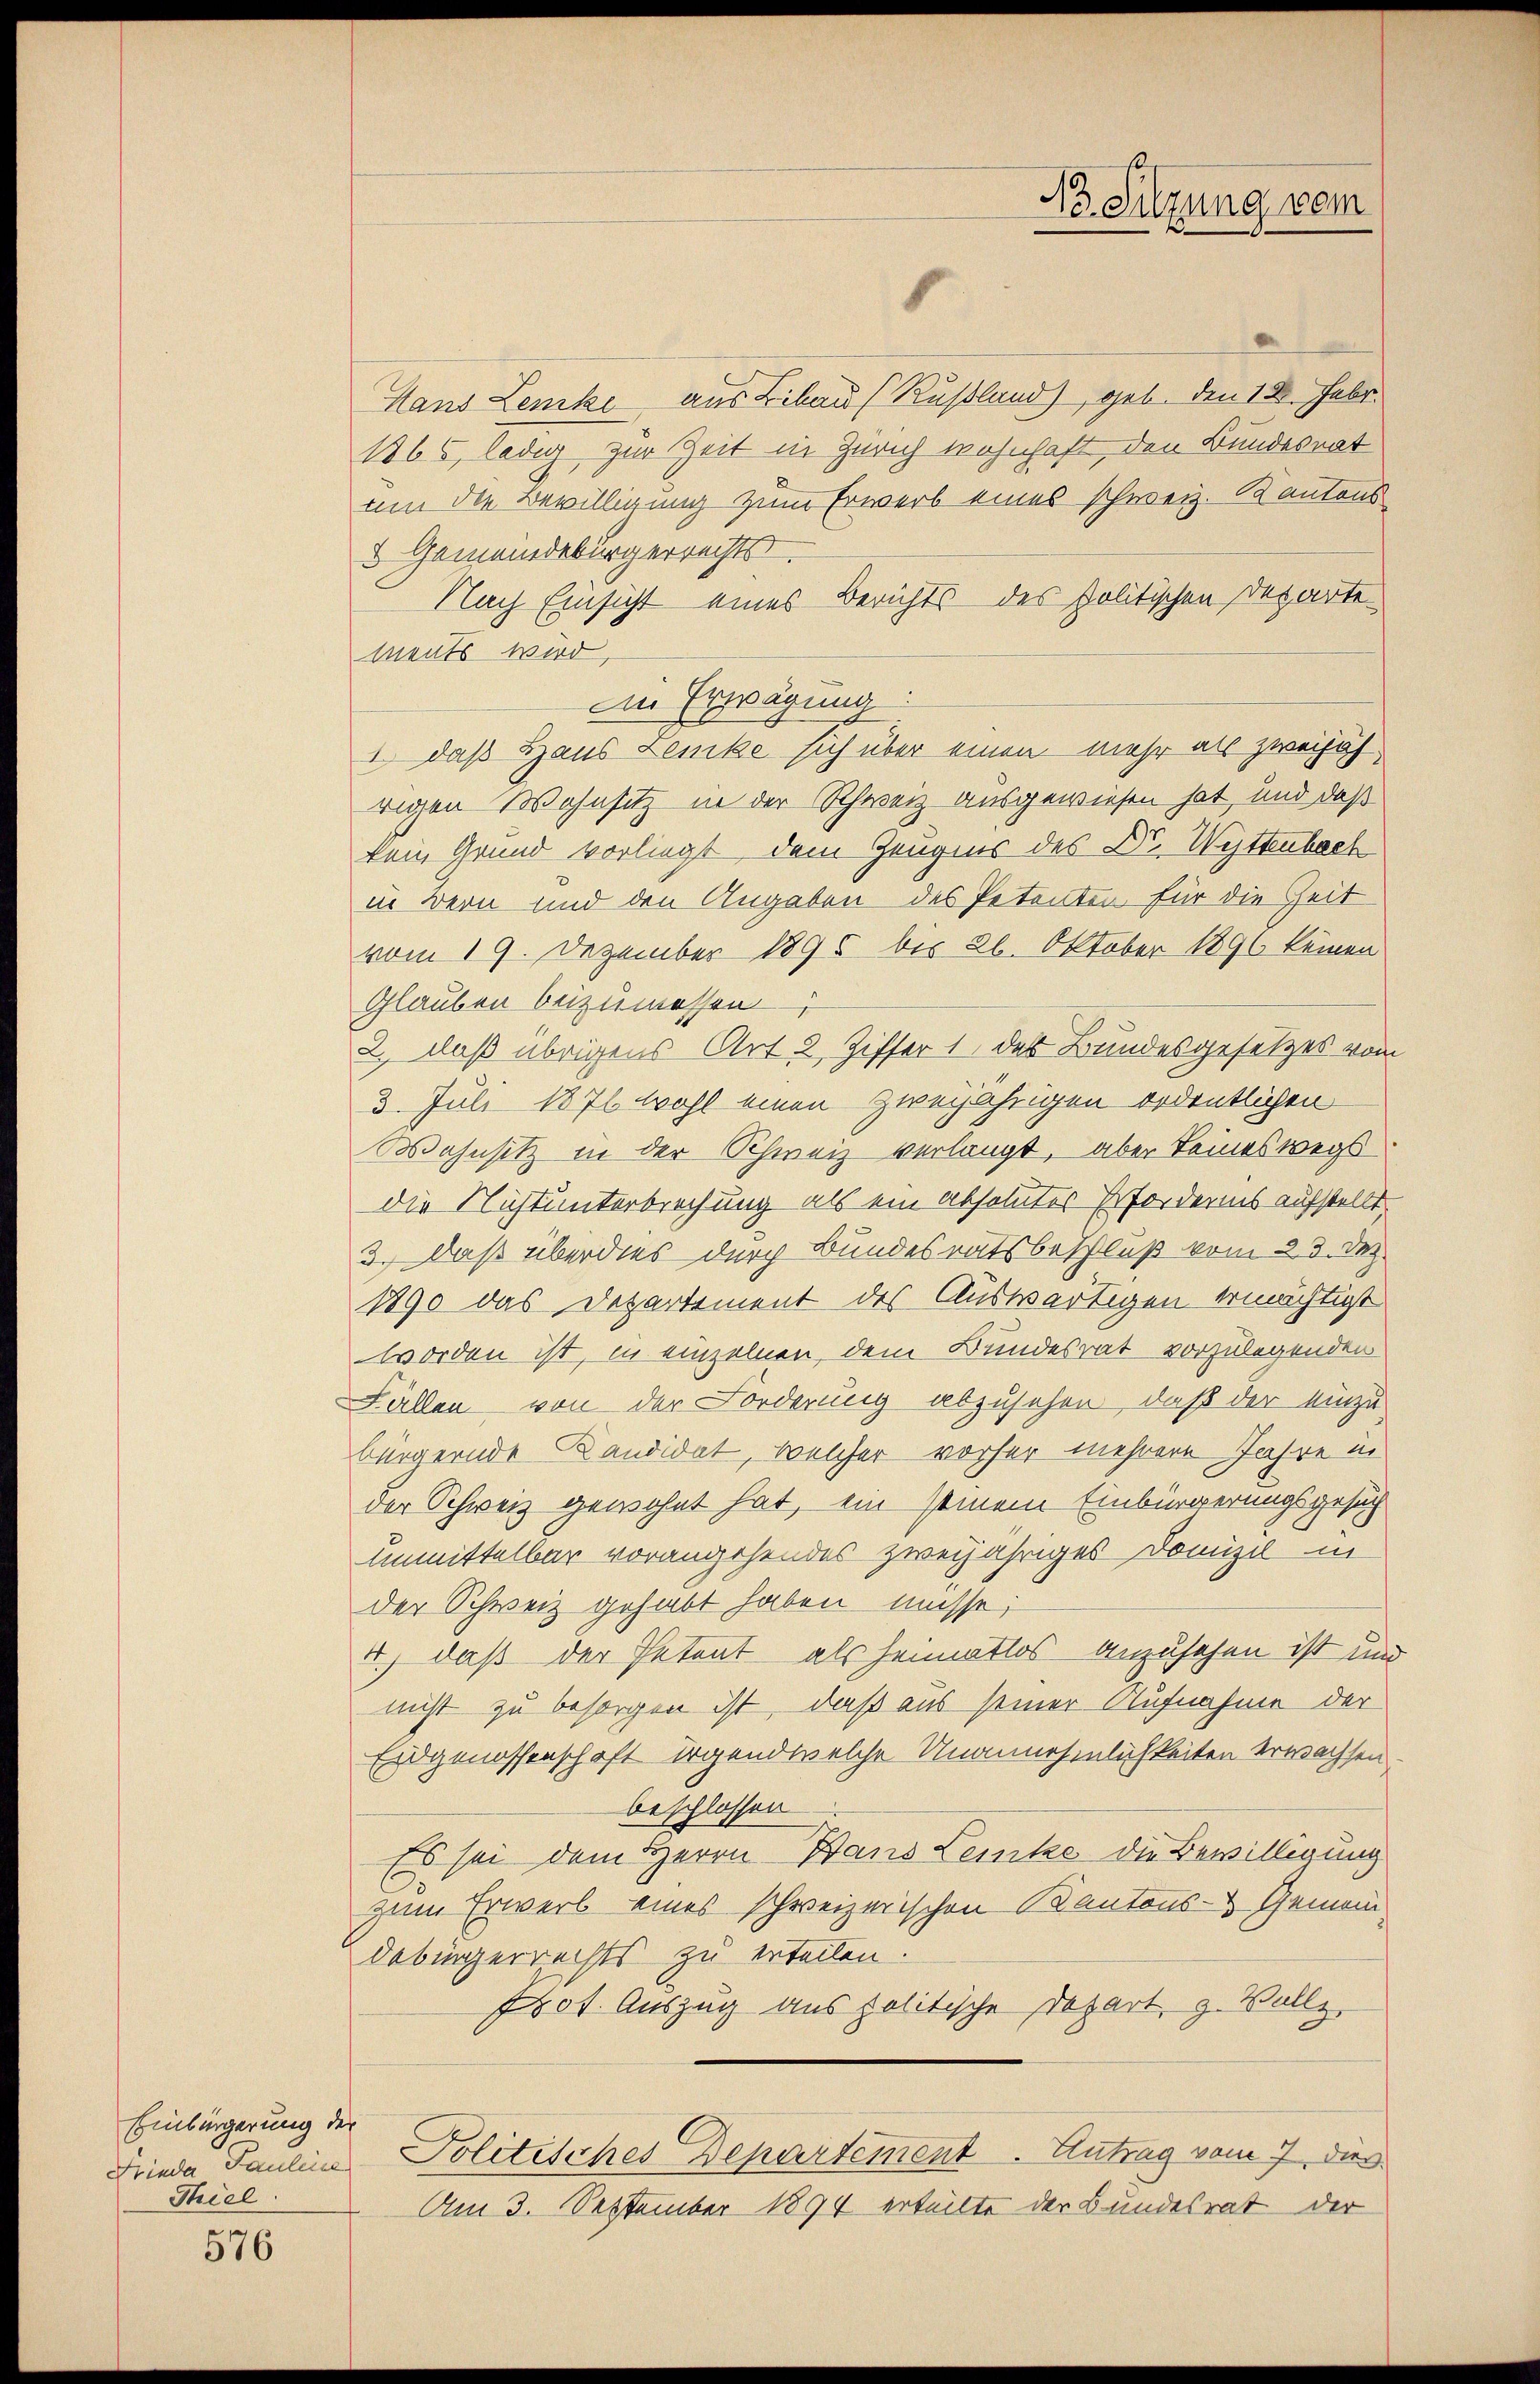
Einbürgerung der
Frieda Paulein
Thiel

576

Hans Lenke aus Libau (Rußland) geb. Den 18. Febr.
1865, ledig zur Zeit in Zürich wohnhaft, den Bundesrat
um die Bewilligung zum Erwerb eines schweiz. Kantons
5 Gemeindebürgerrechts
Nach Einsicht eines Berichts des politischen Departements wird,
Die Erwägung:
1. daß Haus Lenke sich über einen mehr als zweijäh
rigen Wohnsitz in der Schweiz ausgewiesen hat, und daß
kein Grund vorliegt dem Zeugnis des Dr. Wettenbach
in Bern und den Angaben des Petenten für die Zeit
vom 19. Dezember 1895 bis 26. Oktober 1890 keinen
Glauben beizumessen
2., daß übrigens Art 2, Ziffer 1 des Bundesgesetzes von
3. Juli 1871 wohl einen zweijährigen ordentlichen
Wahnsitz in der Schweiz verlangt, aber keineswegs
die Nichtunterbrechung als ein absolutes Erfordernis aufstellt.
3.) Daß überdies durch Bundesratsbeschluß vom 23. dez.
1890 das Departement des Auswärtigen ermächtigt
worden ist, in einzelnen, dem Bundesrat vorzulegenden
Fällen von der Forderung abzusehen, daß der einzu-
bürgernde Kandidat, welcher vorher mehrere Jahre in
der Schweiz gewohnt hat, ein seinem Einbürgerungsgesuch
Unmittelbar vorangehendes zweijähriges Domizil in
der Schweiz gehabt haben müsse;
4.) daß der Petent als heimatlos anzusehen ist un
nicht zu besorgen ist, daß aus seiner Aufnahme der
Eidgenossenschaft irgend welche Unannehmlichkeiten erwachsen.
beschlossen
Es sei dem Herrn Hans Leinke die Bewilligung
zum Erwerb eines schweizerischen Kantons- & Gemein
debürgerrechts zu erteilen.
Frot. Auszug aus politische Depart, z. Vollz
Politisches Departement. Antrag vom 7. dies
Am 3. September 1894 erteilte der Bundesrat der

13. Sitzung vom